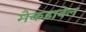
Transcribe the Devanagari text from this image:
मैकडावेल